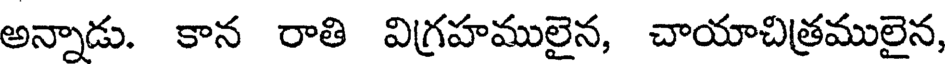
అన్నాడు. కాన రాతి విగ్రహములైన, చాయాచిత్రములైన,